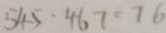
5 4 5 - 4 6 7 = 7 6